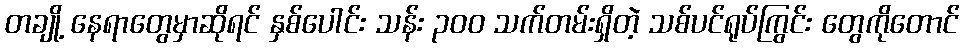
တချို့ နေရာတွေမှာဆိုရင် နှစ်ပေါင်း သန်း ၃၀၀ သက်တမ်းရှိတဲ့ သစ်ပင်ရုပ်ကြွင်း တွေကိုတောင်